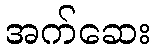
အက်ဆေး